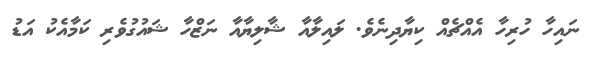
ނައިހާ ހުރިހާ އެއްޗެއް ކިޔާދިނެވެ. ލައިލާއާ ޝާލިޔާއާ ނަޒްހާ ޝައުގުވެރި ކަމާއެކު އަޑު